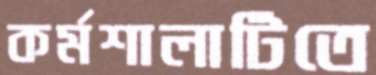
কর্মশালাটিতে